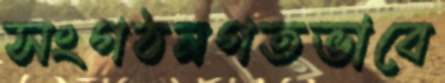
সংগঠনগতভাবে